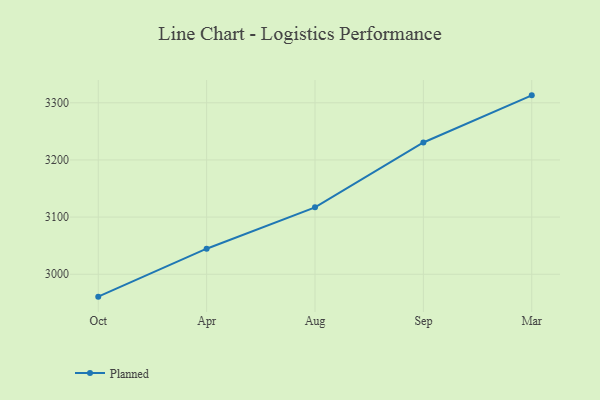
{"axis": {"x": "Month", "y": "Latency (ms)"}, "legend": ["Planned"], "data": [{"x": "Oct", "y": 2960.8, "type": "Planned"}, {"x": "Apr", "y": 3044.7, "type": "Planned"}, {"x": "Aug", "y": 3117.1, "type": "Planned"}, {"x": "Sep", "y": 3230.5, "type": "Planned"}, {"x": "Mar", "y": 3313.0, "type": "Planned"}]}